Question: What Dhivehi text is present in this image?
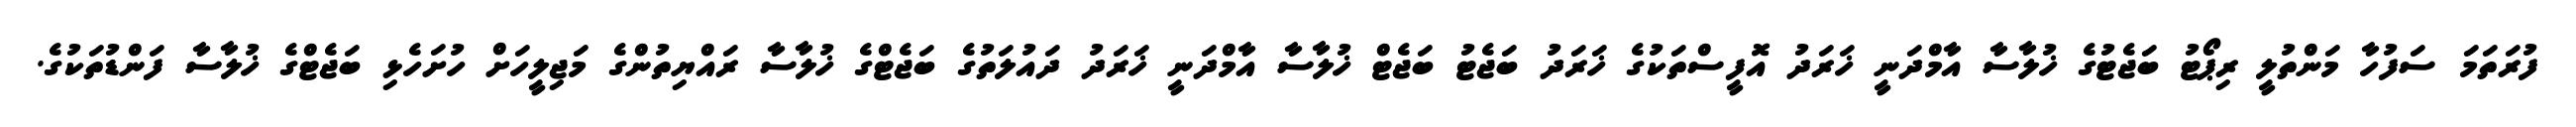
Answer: ފުރަތަމަ ސަފުހާ މަންތުލީ ރިޕޯޓު ބަޖެޓުގެ ޚުލާސާ އާމްދަނީ ޚަރަދު އޮފީސްތަކުގެ ޚަރަދު ބަޖެޓު ބަޖެޓް ޚުލާސާ އާމްދަނީ ޚަރަދު ދައުލަތުގެ ބަޖެޓްގެ ޚުލާސާ ރައްޔިތުންގެ މަޖިލީހަށް ހުށަހެޅި ބަޖެޓްގެ ޚުލާސާ ފަންޑުތަކުގެ.